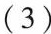
(3)